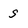
Character: s